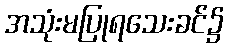
အသုံးမပြုရသေးခင်၌